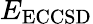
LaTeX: E_{\mathrm{ECCSD}}